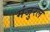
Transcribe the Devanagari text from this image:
मंजुरल